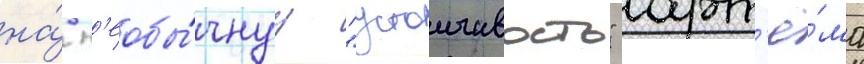
на́ н'еобы́чнуу "устоичивость" арт'ё́ма